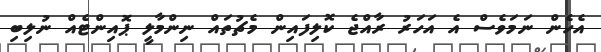
އެހެން ނަމަވެސް އެ އަހަރު ރާއްޖެ ކޮލިފައިން މެޗުތައް ނިންމާލީ ޕޮއިންޓެއް ނުލިބި